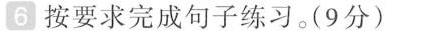
6 按要求完成句子练习。(9分)